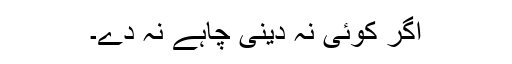
اگر کوئی نہ دینی چاہے نہ دے۔